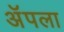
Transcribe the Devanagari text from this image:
अॅपला